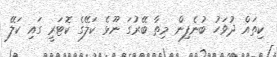
ކިތައް ދުވަހު ބުނެފިން މިތާ ބޭރުގަ ނޫޅެ ކަލޭގެ ކޮޓަރީ ގައި ކަލޭ